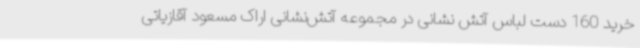
خرید 160 دست لباس آتش نشانی در مجموعه آتش‌نشانی اراک مسعود آقازیاتی